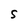
Character: S